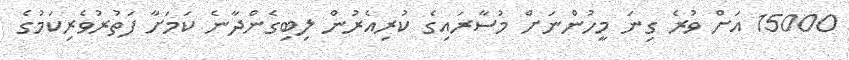
15000 އަށް ވުރެ ގިނަ މީހުންނަށް މުސާރައިގެ ކުރިއެރުން ލިބިގެންދާނެ ކަމަށާ ފަތުރުވެރިކަމުގެ